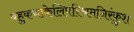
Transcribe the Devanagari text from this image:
बहुकथाकेलिपरिश्रमनिरंकुश